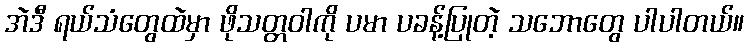
အဲဒီ ရယ်သံတွေထဲမှာ ဖိုသတ္တဝါကို ပမာ ပခန့်ပြုတဲ့ သဘောတွေ ပါပါတယ်။